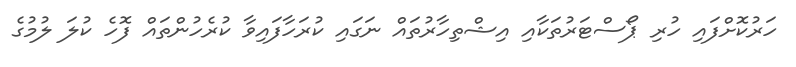
ހަރުކޮށްފައި ހުރި ޕޯސްޓަރުތަކާއި އިޝްތިހާރުތައް ނަގައި ކުރަހާފައިވާ ކުރެހުންތައް ފޮހެ ކުލަ ލުމުގެ